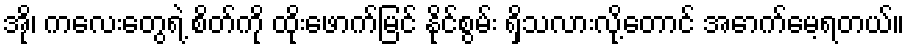
အို၊ ကလေးတွေရဲ့ စိတ်ကို ထိုးဖောက်မြင် နိုင်စွမ်း ရှိသလားလို့တောင် အောက်မေ့ရတယ်။